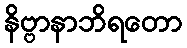
နိဗ္ဗာနာဘိရတော